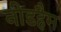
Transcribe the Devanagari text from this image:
नीडहैम